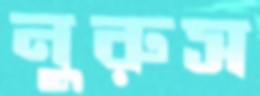
নুরুস